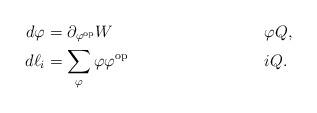
LaTeX: \begin{align*}d \varphi & = \partial_{\varphi^{\rm op}} W && \varphi Q, \\d \ell_i & = \sum_{\varphi} \varphi \varphi^{\rm op} && i Q.\end{align*}